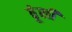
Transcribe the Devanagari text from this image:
ठूंसी